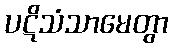
ပဋိသံသာမေတွာ